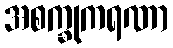
အစက္ခုကရဏာ